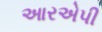
આરએપી